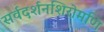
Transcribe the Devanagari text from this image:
सर्वदर्शनशिरोमणि